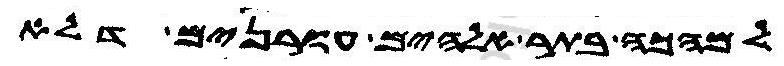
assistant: למהכה בתר אלהים עורנים דלא